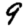
Digit: 9